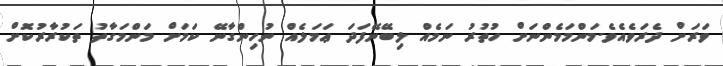
ވަރަށް ދެރަވެއެވެ.މަންމަމެންނަށް ހުތުރު ނަމެއް ލިބޭނޭފަދަ ޢަމަލެއް ނުހިންގާނޭ ކަމަށް މަންމަގާތު ތަކުރާރުކޮށް